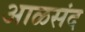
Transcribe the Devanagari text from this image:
आळसंद